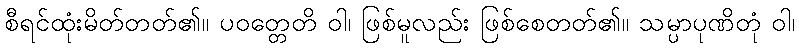
စီရင်ထုံးမိတ်တတ်၏။ ပဝတ္တေတိ ဝါ၊ ဖြစ်မူလည်း ဖြစ်စေတတ်၏။ သမ္ပာပုဏိတုံ ဝါ၊